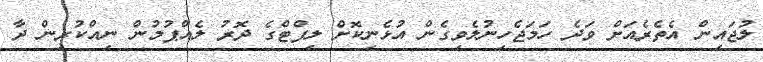
ލުޖައިން އެތެރެއަށް ވަދެ ހަމަޖެހިނުލެވިގެން އުޅެނިކޮށް ލިފްޓްގެ ދޮރު ލެއްޕުމުން ނިއްކުރިން ދާ